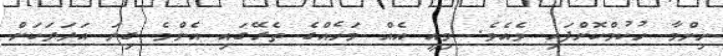
ނިންމާ ހުކުމްކޮށްފައި ވެއެވެ. މިއީ އެއް މަހެއްގެ ތެރޭގައި އެންމެ ގިނަ އަދަދަކަށް